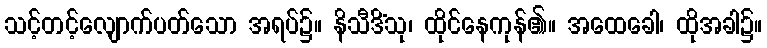
သင့်တင့်လျောက်ပတ်သော အရပ်၌။ နိသီဒိံသု၊ ထိုင်နေကုန်၏။ အထေခေါ၊ ထိုအခါ၌။